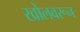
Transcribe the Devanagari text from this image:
खोलवरून